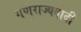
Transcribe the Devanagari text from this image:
गणराज्यवादी